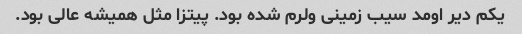
یکم دیر اومد سیب زمینی ولرم شده بود. پیتزا مثل همیشه عالی بود.